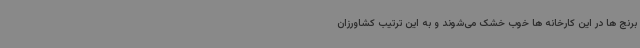
برنج ها در این کارخانه ها خوب خشک می‌شوند و به این ترتیب کشاورزان